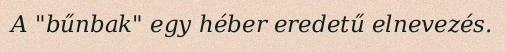
A "bűnbak" egy héber eredetű elnevezés.